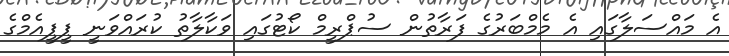
އެ މައްސަލާގައި އެ މެމްބަރުގެ ފަރާތުން ސުޕްރީމް ކޯޓުގައި ވަކާލާތު ކުރައްވަނީ ޕީޕީއެމްގެ